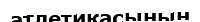
атлетикасының